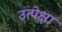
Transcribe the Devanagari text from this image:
उत्पेक्षा